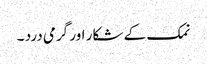
نمک کے شکار اور گرمی درد ۔